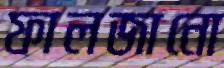
ফালজানো